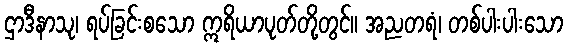
ဌာဒီနာသု၊ ရပ်ခြင်းစသော ဣရိယာပုတ်တို့တွင်။ အညတရံ၊ တစ်ပါးပါးသော